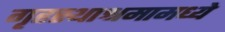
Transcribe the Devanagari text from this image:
गृहस्थाश्रमामध्ये